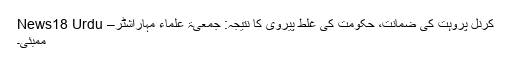
کرنل پروہت کی ضمانت، حکومت کی غلط پیروی کا نتیجہ: جمعیۃ علماء مہاراشٹر– News18 Urdu
ممبئی۔